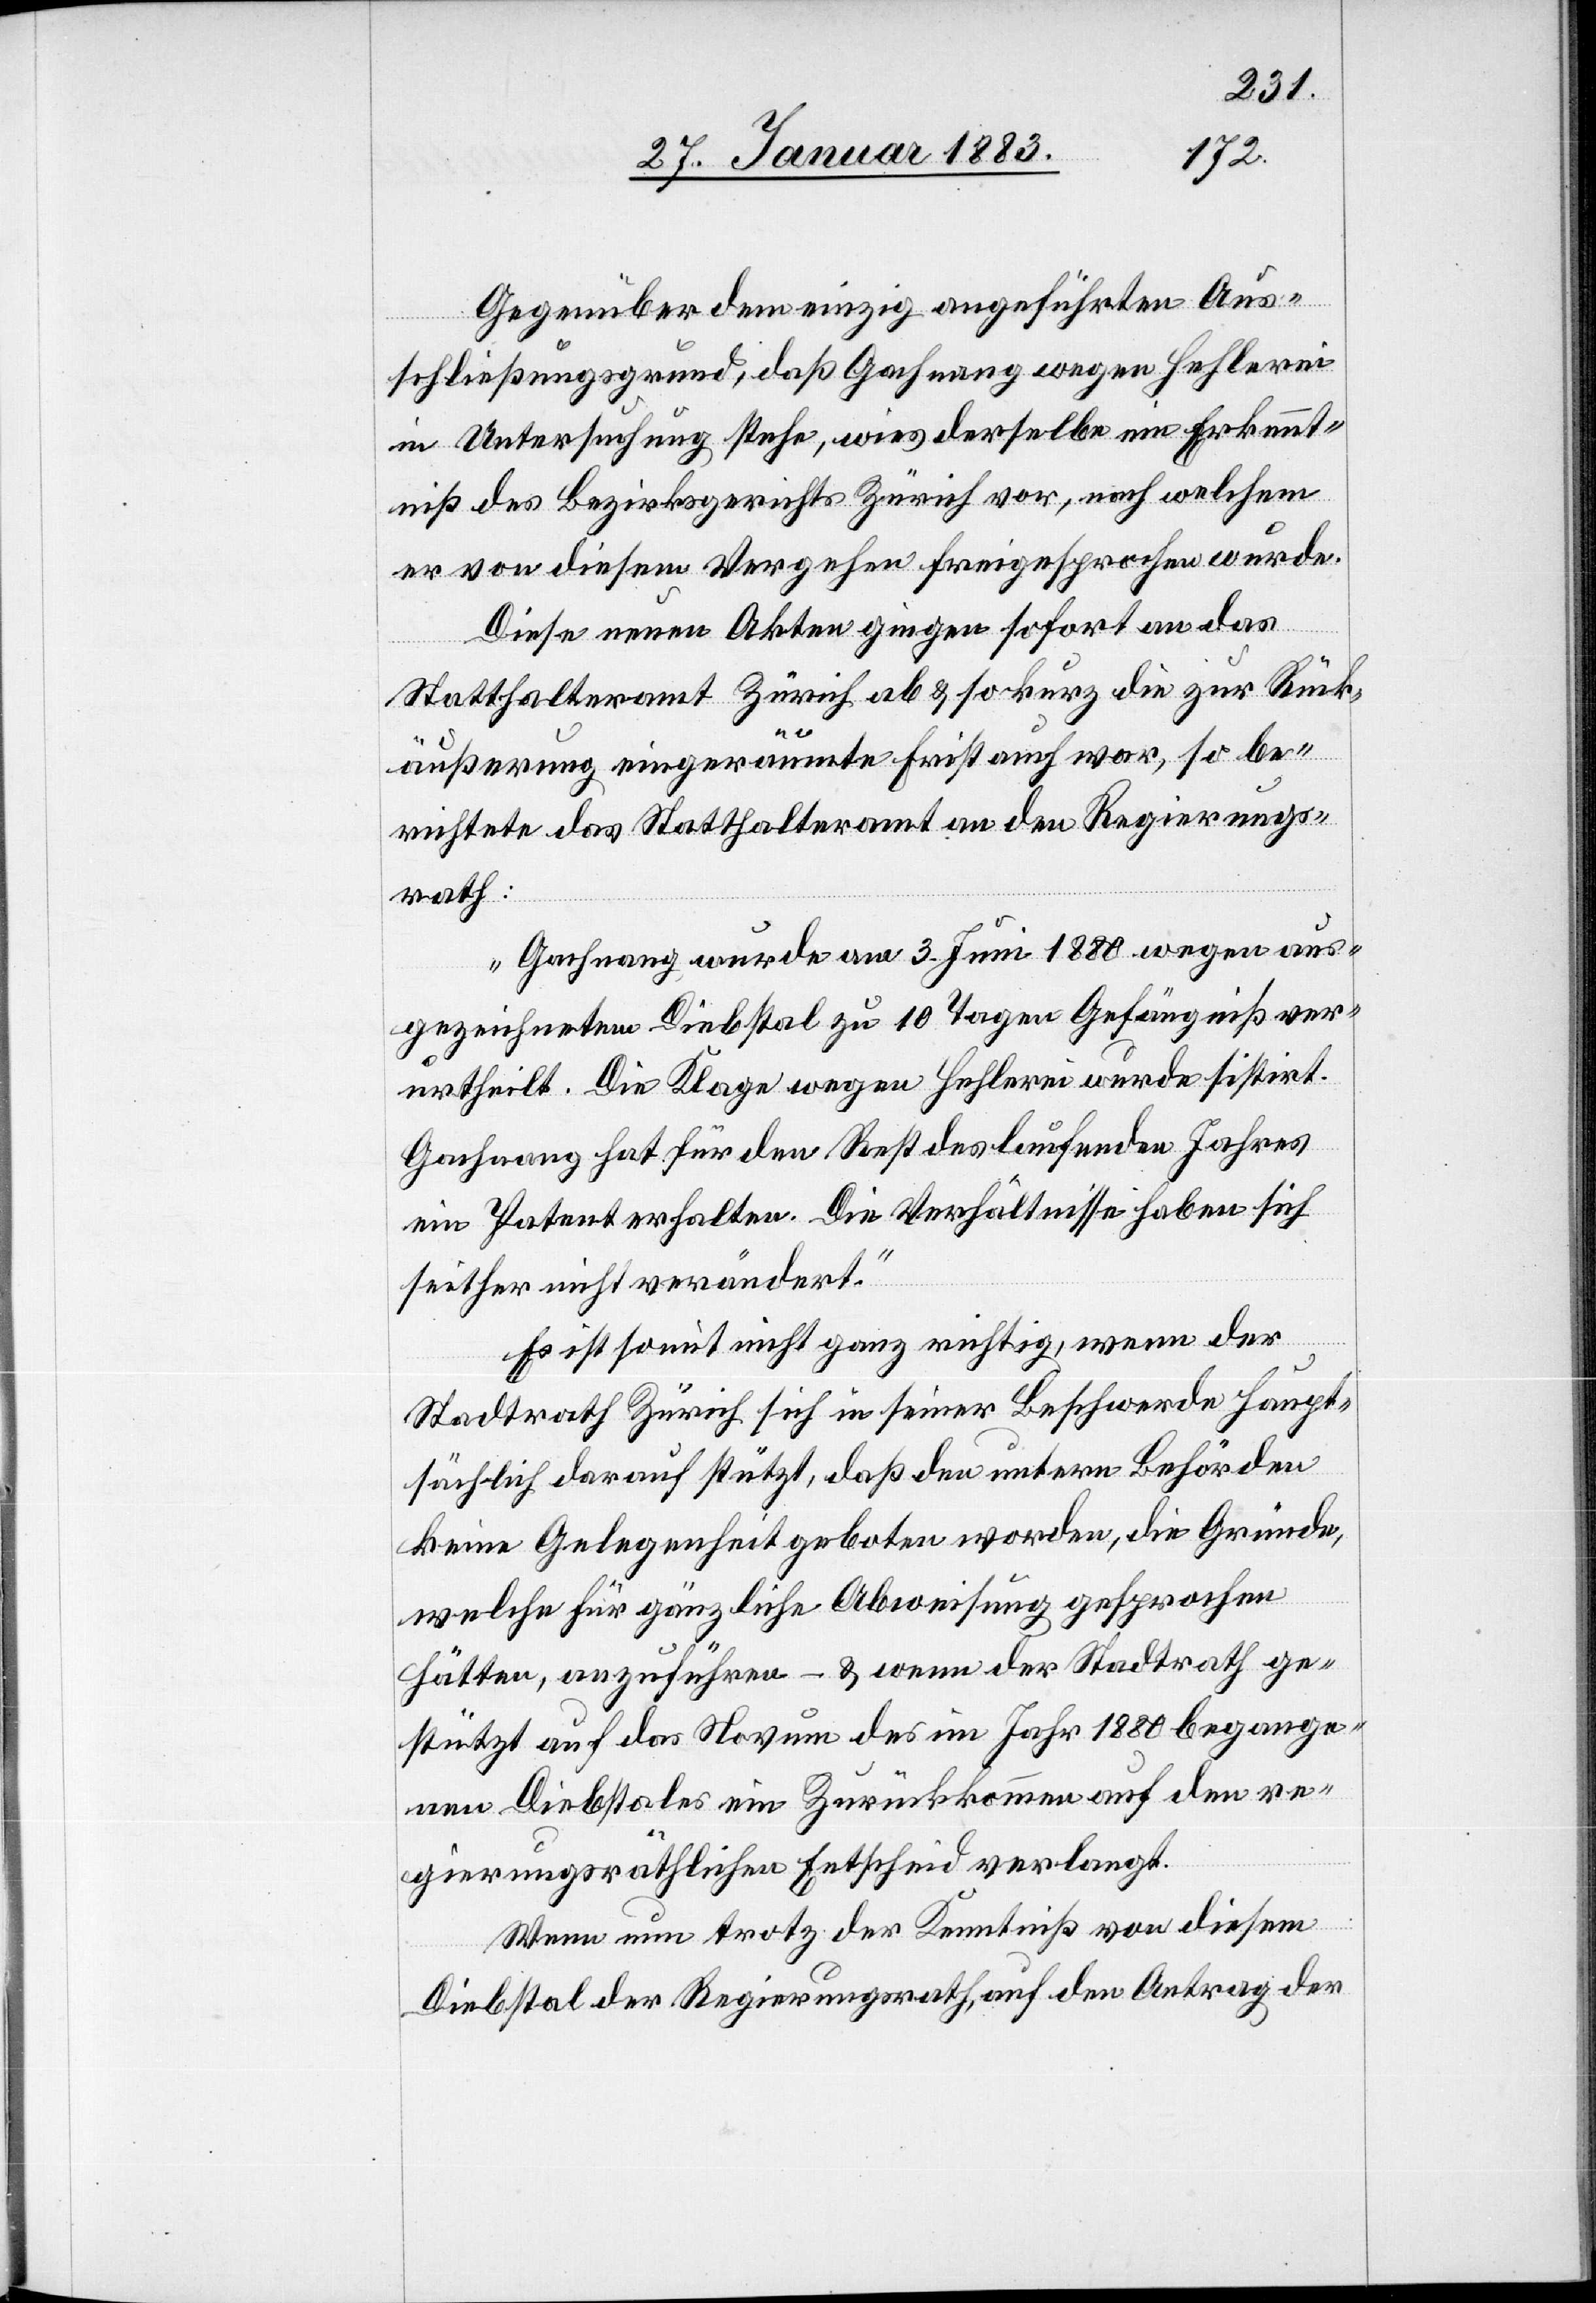
Gegenüber dem einzig angeführten Aus¬
schließungsgrund, daß Gachnang wegen Hehlerei
in Untersuchung stehe, wies derselbe ein Erkennt¬
niß des Bezirksgerichtes Zürich vor, nach welchem
er von diesem Vergehen freigesprochen wurde.
Diese neuen Akten gingen sofort an das
Statthalteramt Zürich ab & so kurz die zur Rück¬
äußerung eingeräumte Frist auch war, so be¬
richtete das Statthalteramt an den Regierungs¬
rath:
„Gachnang wurde am 3. Juni 1880 wegen aus¬
gezeichnetem Diebstal zu 10 Tagen Gefängniß ver¬
urtheilt. Die Klage wegen Hehlerei wurde sistirt.
Gachnang hat für den Rest des laufenden Jahres
ein Patent erhalten. Die Verhältnisse haben sich
seither nicht verändert.“
Es ist somit nicht ganz richtig, wenn der
Stadtrath Zürich sich in seiner Beschwerde haupt¬
sächlich darauf stützt, daß den untern Behörden
keine Gelegenheit geboten worden, die Gründe,
welche für gänzliche Abweisung gesprochen
hätten, anzuführen – & wenn der Stadtrath ge¬
stützt auf das Novum des im Jahr 1880 begange¬
nen Diebstales ein Zurückkommen auf den re¬
gierungsräthlichen Entscheid verlangt.
Wenn nun trotz der Kenntniß von diesem
Diebstal der Regierungsrath, auf den Antrag der